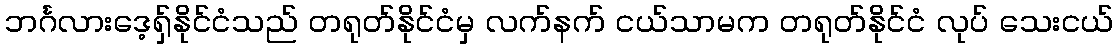
ဘင်္ဂလားဒေ့ရှ်နိုင်ငံသည် တရုတ်နိုင်ငံမှ လက်နက် ငယ်သာမက တရုတ်နိုင်ငံ လုပ် သေးငယ်